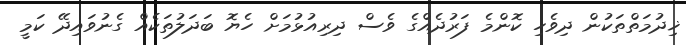
ޚިދުމަތްތަކުން ދިވެހި ކޮންމެ ފަރުދެއްގެ ވެސް ދިރިއުޅުމަށް ހެޔޮ ބަދަލުތަކެއް ގެނުވައިދޭ ކަމީ